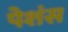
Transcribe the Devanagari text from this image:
पेशंस